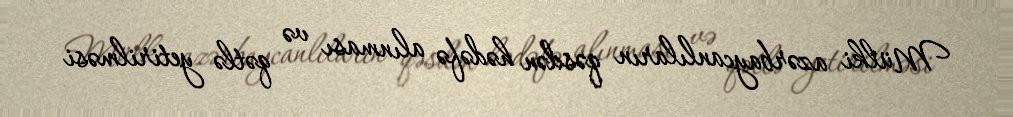
Mülki azərbaycanlıların qəsdən hədəfə alınması və qətlə yetirilməsi